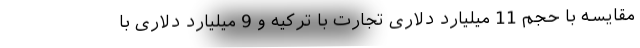
مقایسه با حجم 11 میلیارد دلاری تجارت با ترکیه و 9 میلیارد دلاری با